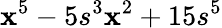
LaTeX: \mathbf{x}^{5}-5s^{3}\mathbf{x}^{2}+15s^{5}